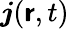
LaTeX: \boldsymbol{j}(\boldsymbol{\mathsf{r}},t)